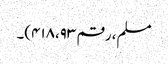
مسلم، رقم ۴۱۸،۹۳)۔